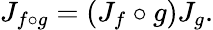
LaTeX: J_{f\circ g}=(J_{f}\circ g)J_{g}.